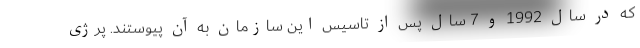
که در سال 1992 و 7 سال پس از تاسیس این سازمان به آن پیوستند. پرژی